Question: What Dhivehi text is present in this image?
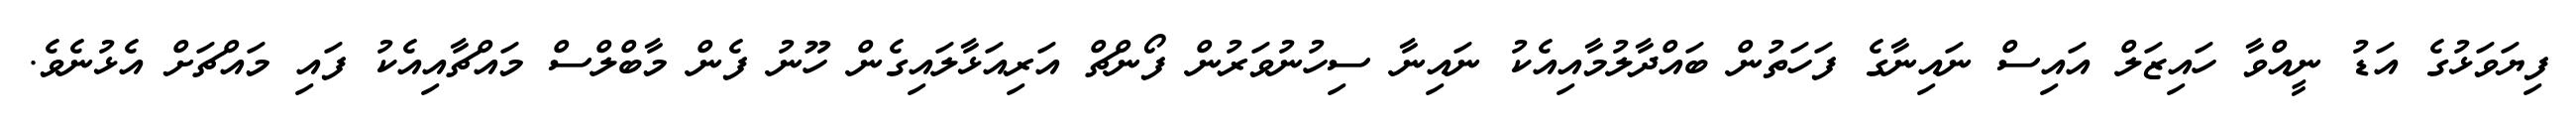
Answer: ފިޔަވަޅުގެ އަޑު ނީއްވާ ހައިޒަލް އައިސް ނައިނާގެ ފަހަތުން ބައްދާލުމާއިއެކު ނައިނާ ސިހުނުވަރުން ފޯންޗް އަރިއަޅާލައިގެން ހޫނު ފެން މާބްލްސް މައްޗާއިއެކު ފައި މައްޗަށް އެޅުނެވެ.